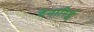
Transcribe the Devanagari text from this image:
देनारिई